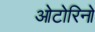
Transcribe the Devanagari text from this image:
ओटोरिनो